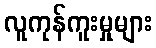
လူကုန်ကူးမှုများ